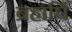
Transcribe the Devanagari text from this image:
ब्रहार्षि